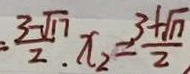
= \frac { 3 - \sqrt { 1 7 } } { 2 . } x _ { 2 } = \frac { 3 + \sqrt { n } } { 2 }